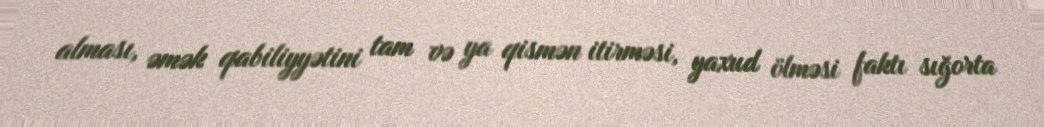
alması, əmək qabiliyyətini tam və ya qismən itirməsi, yaxud ölməsi faktı sığorta